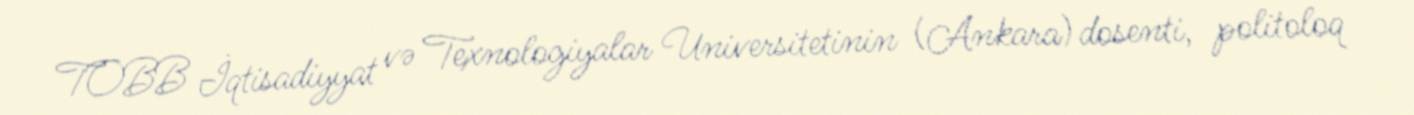
TOBB İqtisadiyyat və Texnologiyalar Universitetinin (Ankara) dosenti, politoloq